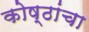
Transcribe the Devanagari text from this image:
कोष्ठांचा